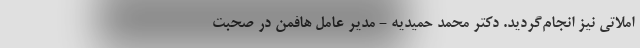
املاتی نیز انجام‌گردید. دکتر محمد حمیدیه - مدیر عامل هافمن در صحبت